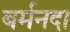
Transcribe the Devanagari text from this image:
बर्मनदा